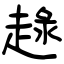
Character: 趢